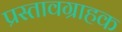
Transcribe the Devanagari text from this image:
प्रस्तावग्राहक